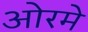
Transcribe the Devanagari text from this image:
ओरमे